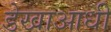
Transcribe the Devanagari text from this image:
डेखाआधी